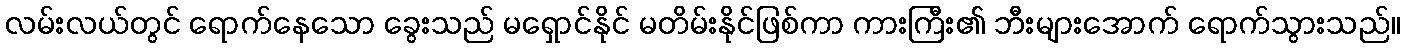
လမ်းလယ်တွင် ရောက်နေသော ခွေးသည် မရှောင်နိုင် မတိမ်းနိုင်ဖြစ်ကာ ကားကြီး၏ ဘီးများအောက် ရောက်သွားသည်။